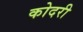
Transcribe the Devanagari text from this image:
कोदरी